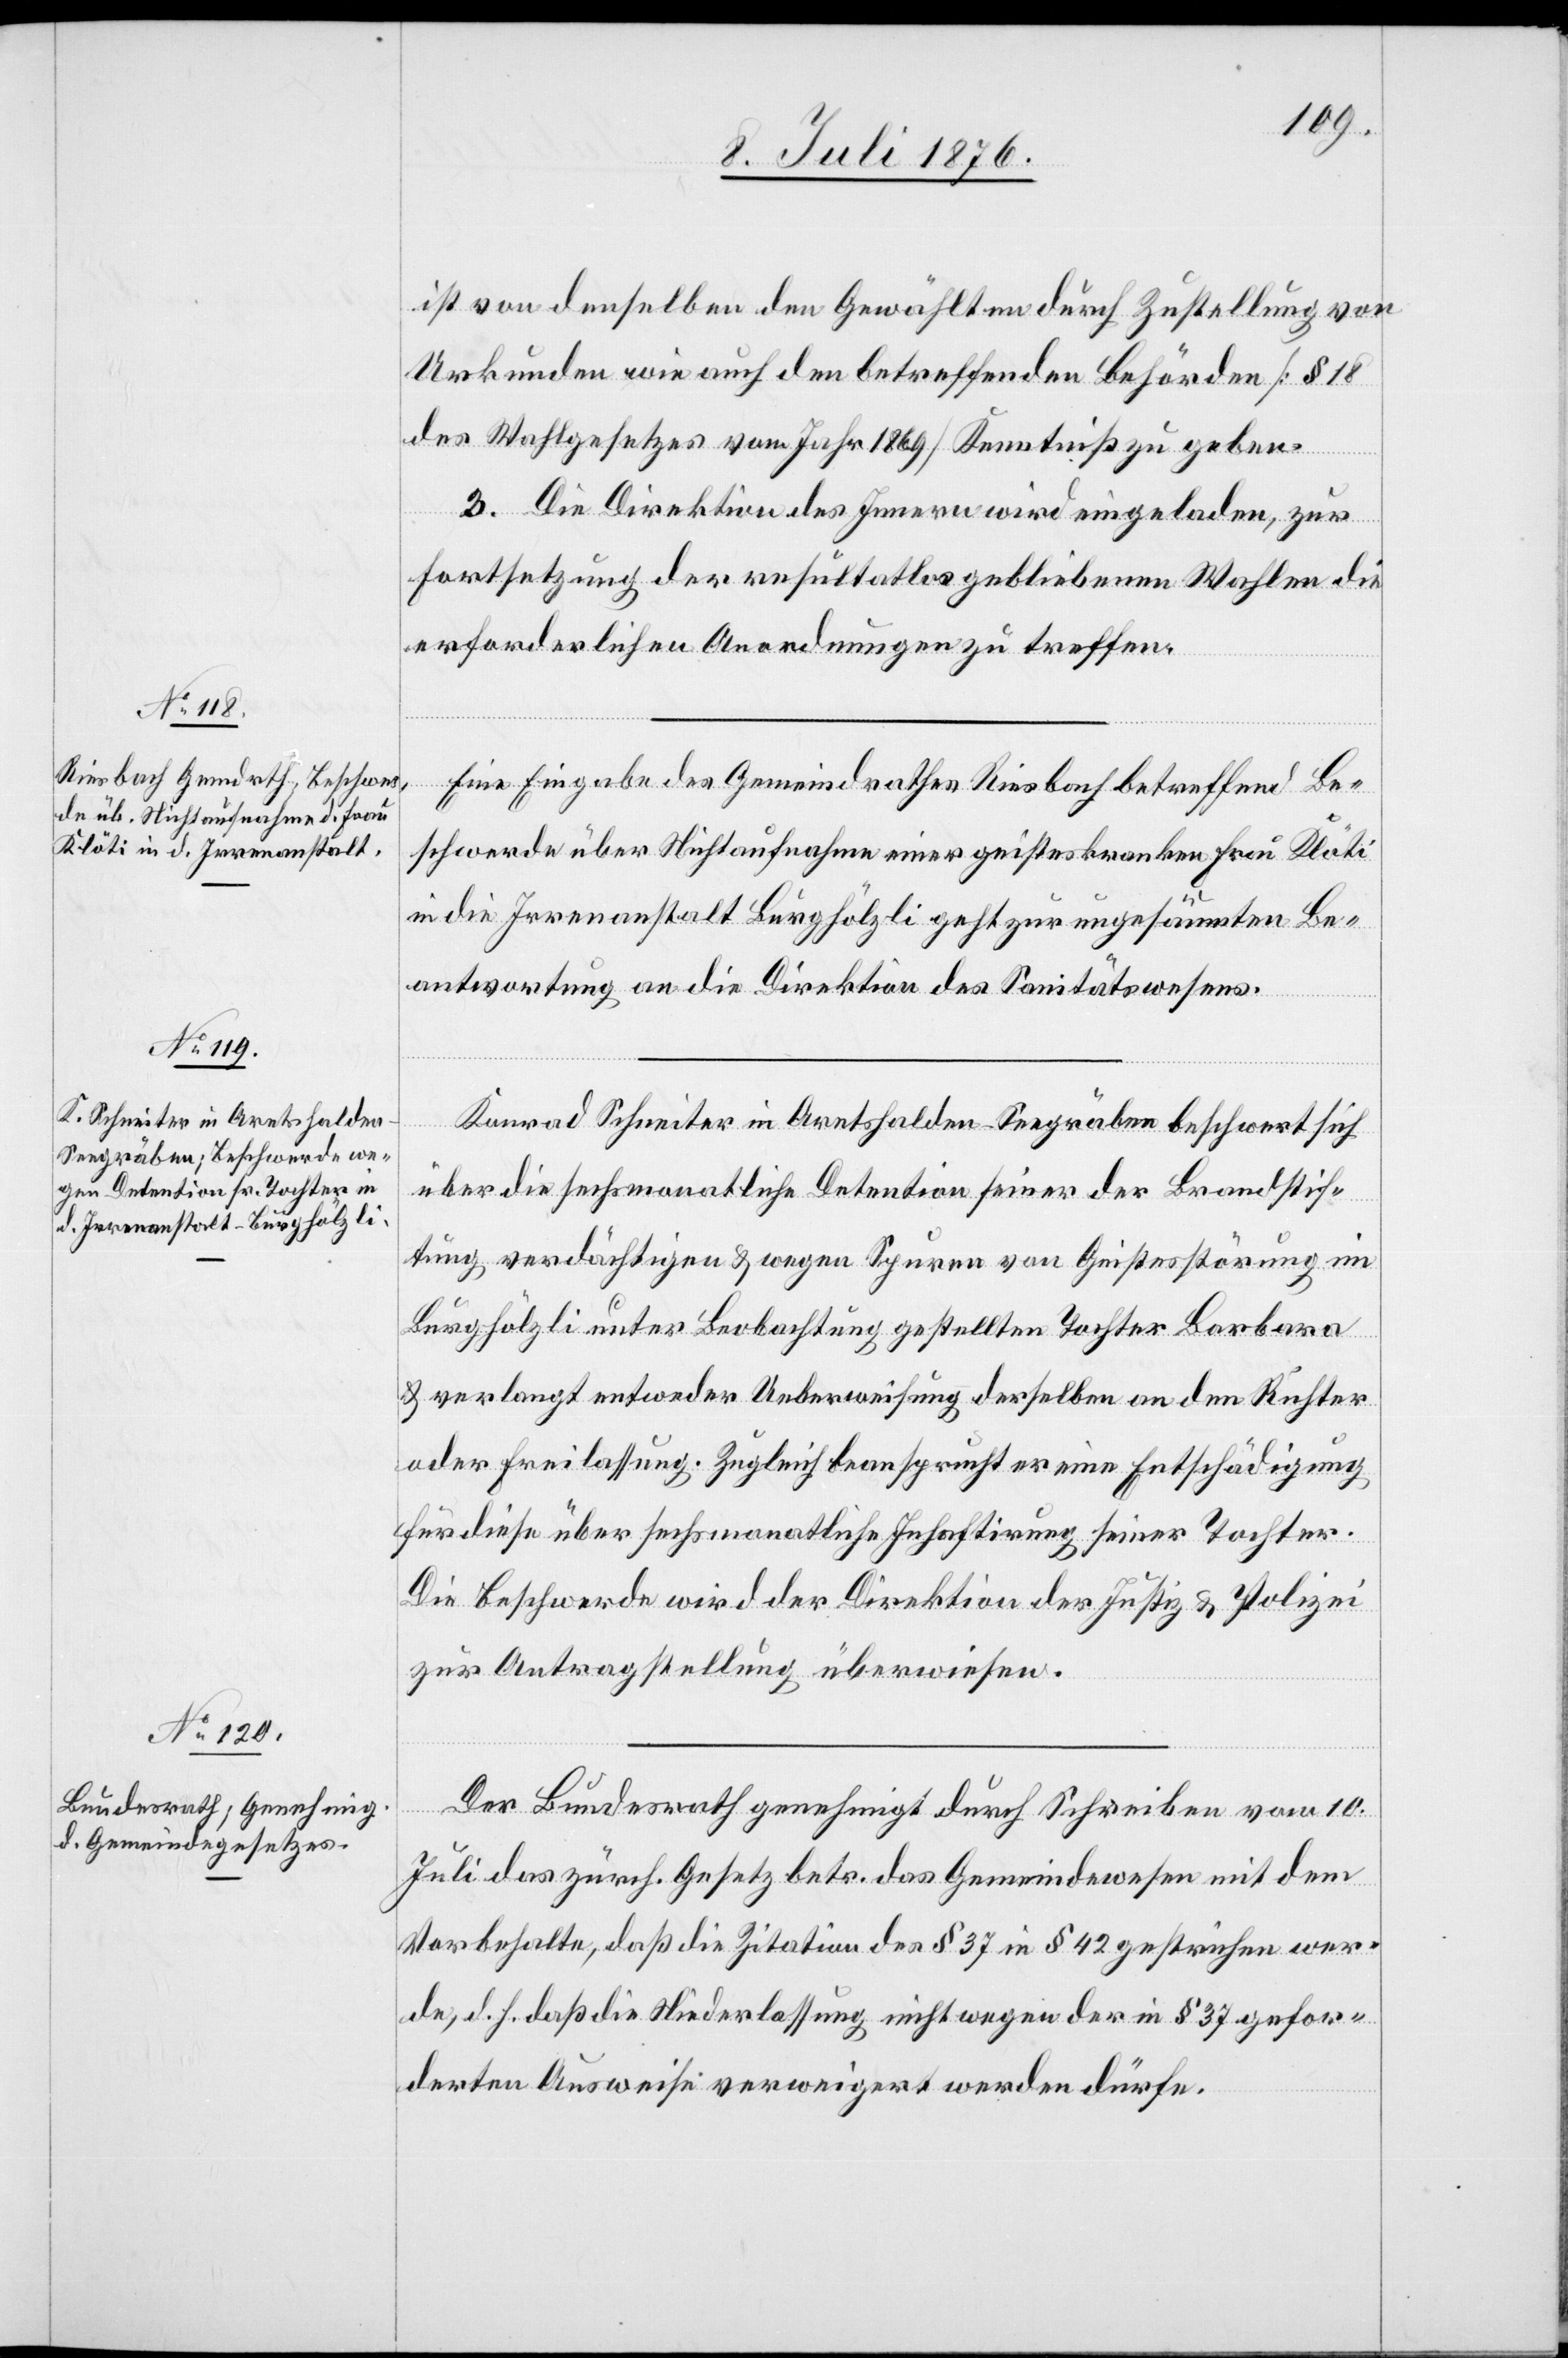
14. Juli 1876.]
ist von denselben den Gewählten durch Zustellung von
Urkunden wie auch den betreffenden Behörden [§ 18
des Wahlgesetzes vom Jahr § 1869] Kenntniß zu geben.
3. Die Direktion des Innern wird eingeladen, zur
Fortsetzung der resultatlos gebliebenen Wahlen die
erforderlichen Anordnungen zu treffen.
Eine Eingabe des Gemeindrathes Riesbach betreffend Be¬
schwerde über Nichtaufnahme einer geisteskranken Frau Klöti
in die Irrenanstalt Burghölzli geht zur ungesäumten Be¬
antwortung an die Direktion des Sanitätswesens.
Konrad Schneiter in Aretshalden - Seegräben beschwert sich
über die sechsmonatige Detention seiner der Brandstif¬
tung verdächtigen & wegen Spuren von Geistesstörung im
Burghölzli unter Beobachtung gestellten Tochter Barbara
& verlangt entweder Ueberweisung derselben an den Richter
oder Freilassung. Zugleich beansprucht er eine Entschädigung
für diese über sechsmonatige Inhaftirung seiner Tochter.
Die Beschwerde wird der Direktion der Justiz & Polizei
zur Antragstellung überwiesen.
Der Bundesrath genehmigt durch Schreiben vom 10.
Juli das zürch. Gesetz betr. das Gemeindewesen mit dem
Vorbehalte, daß die Zitation der § 37 in § 42 gestrichen wer¬
de, d. h. daß die Niederlassung nicht wegen der in § 37 gefor¬
derten Ausweise verweigert werden dürfe.